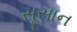
સૂસાન